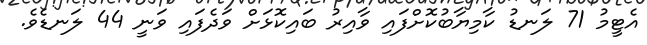
އެޓީމު 71 ލަނޑު ކާމިޔާބުކޮށްފައި ވާއިރު ބައިކޮޅަށް ވަދެފައި ވަނީ 44 ލަނޑެވެ.